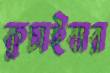
কুচাইবার